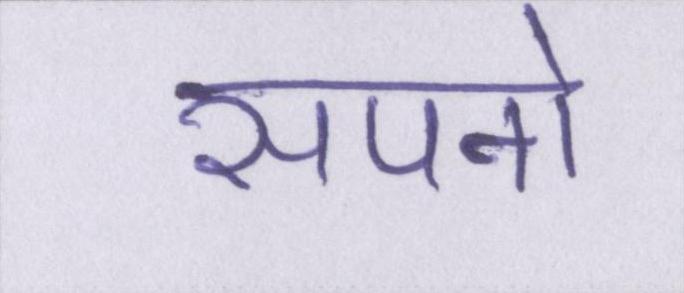
सपनो